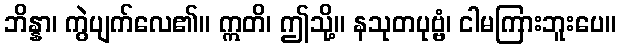
ဘိန္နာ၊ ကွဲပျက်လေ၏။ ဣတိ၊ ဤသို့။ နသုတပုဗ္ဗံ၊ ငါမကြားဘူးပေ။